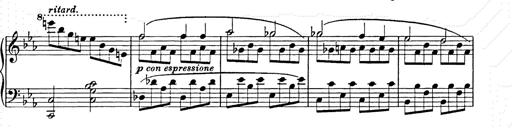
Title: Allegro di bravura
Composer: Carl Maria von Weber
Key: D major